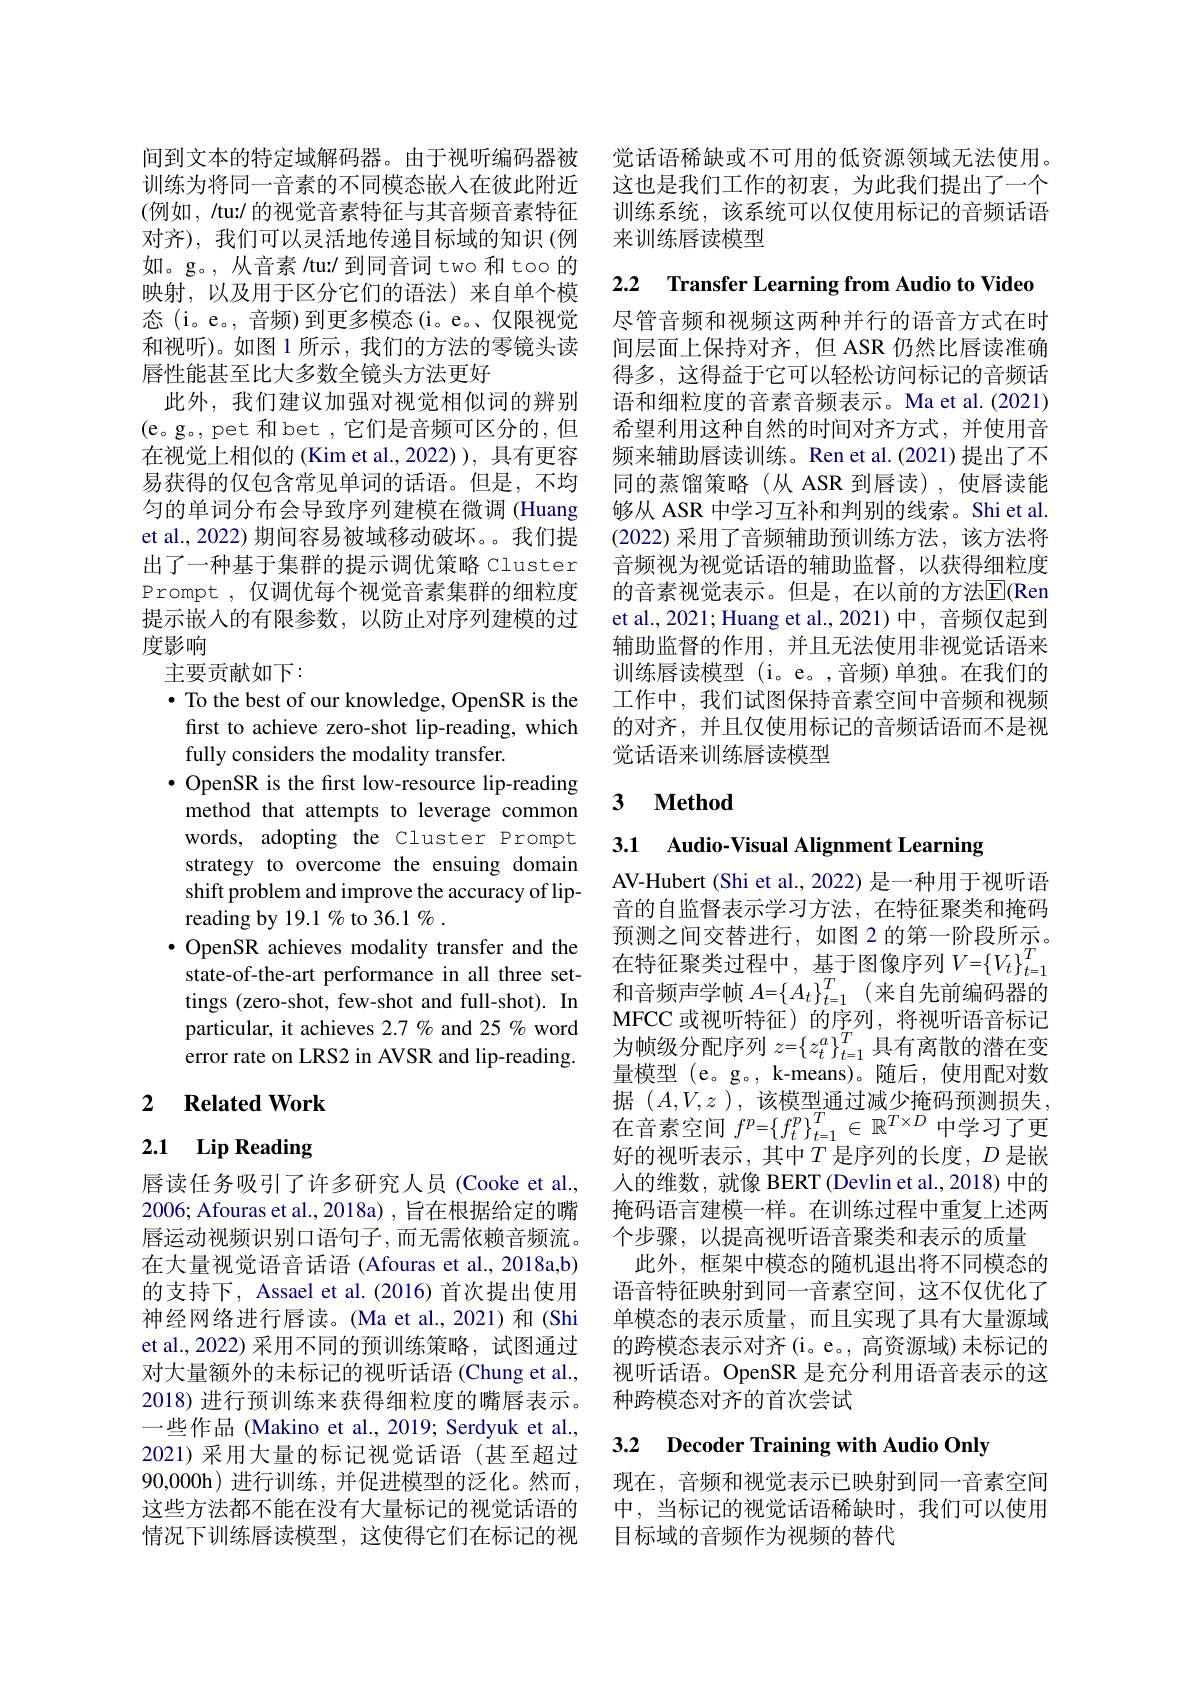
间到文本的特定域解码器。由于视听编码器被训练为将同一音素的不同模态嵌入在彼此附近(例如，/tu:/ 的视觉音素特征与其音频音素特征对齐), 我们可以灵活地传递目标域的知识 (例如。g。, 从音素 /tu:/ 到同音词 two 和 too 的映射，以及用于区分它们的语法)来自单个模态 (i。e。, 音频) 到更多模态 (i。e。仅限视觉和视听)。如图 1 所示，我们的方法的零镜头读唇性能甚至比大多数全镜头方法更好
此外，我们建议加强对视觉相似词的辨别(e。g。, pet 和 bet,它们是音频可区分的，但在视觉上相似的(Kim et al.,2022)),具有更容易获得的仅包含常见单词的话语。但是，不均匀的单词分布会导致序列建模在微调 (Huang et al., 2022) 期间容易被域移动破坏。。我们提出了一种基于集群的提示调优策略 Cluster Prompt , 仅调优每个视觉音素集群的细粒度提示嵌入的有限参数，以防止对序列建模的过度影响
主要贡献如下：
· To the best of our knowledge, OpenSR is the first to achieve zero-shot lip-reading, which fully considers the modality transfer.
$\bullet$ OpenSR is the first low-resource lip-reading method that attempts to leverage common words, adopting the Cluster Prompt strategy to overcome the ensuing domain shift problem and improve the accuracy of lipreading by 19.1 % to 36.1 % .
$\bullet$ OpenSR achieves modality transfer and the state-of-the-art performance in all three settings (zero-shot, few-shot and full-shot). In particular, it achieves 2.7 % and 25 % word error rate on LRS2 in AVSR and lip-reading.
2 $\textbf{Related Work}$

# 2.1 Lip Reading

唇读任务吸引了许多研究人员 (Cooke et al., 2006; Afouras et al., 2018a) , 旨在根据给定的嘴唇运动视频识别口语句子，而无需依赖音频流。在大量视觉语音话语 (Afouras et al., 2018a,b) 的支持下，Assael et al. (2016) 首次提出使用神经网络进行唇读。(Ma et al.,2021)和(Shi et al.,2022) 采用不同的预训练策略，试图通过对大量额外的未标记的视听话语 (Chung et al., 2018) 进行预训练来获得细粒度的嘴唇表示。一些作品 (Makino et al., 2019; Serdyuk et al., 2021)采用大量的标记视觉话语(甚至超过90,000h)进行训练，并促进模型的泛化。然而， 这些方法都不能在没有大量标记的视觉话语的情况下训练唇读模型，这使得它们在标记的视

觉话语稀缺或不可用的低资源领域无法使用。这也是我们工作的初衷，为此我们提出了一个训练系统，该系统可以仅使用标记的音频话语来训练唇读模型

2.2 Transfer Learning from Audio to Video

尽管音频和视频这两种并行的语音方式在时间层面上保持对齐，但 ASR 仍然比唇读准确得多，这得益于它可以轻松访问标记的音频话语和细粒度的音素音频表示。Ma et al.(2021) 希望利用这种自然的时间对齐方式，并使用音频来辅助唇读训练。Ren et al.(2021) 提出了不同的蒸馏策略(从 ASR 到唇读),使唇读能够从 ASR 中学习互补和判别的线索。Shi et al. (2022) 采用了音频辅助预训练方法，该方法将音频视为视觉话语的辅助监督，以获得细粒度的音素视觉表示。但是，在以前的方法$\overline{\mathrm{E}}($Ren et al., 2021; Huang et al., 2021) 中，音频仅起到辅助监督的作用，并且无法使用非视觉话语来训练唇读模型 (i。e。,音频)单独。在我们的工作中，我们试图保持音素空间中音频和视频的对齐，并且仅使用标记的音频话语而不是视觉话语来训练唇读模型

## 3 $\textbf{Method}$

3.1 Audio-Visual Alignment Learning

AV-Hubert (Shi et al., 2022) 是一种用于视听语音的自监督表示学习方法，在特征聚类和掩码预测之间交替进行，如图 2 的第一阶段所示。在特征聚类过程中，基于图像序列$V=\left\{V_t\right\}_{t=1}^T$ 和音频声学帧 $A= \{ A_t\} _{t= 1}^T$ (来自先前编码器的MFCC 或视听特征)的序列，将视听语音标记为帧级分配序列$z=\left\{z_t^a\right\}_{t=1}^T$具有离散的潜在变量模型 (e。g。, k-means)。随后，使用配对数$\begin{array}{l}\text{据 }(A,V,z)\:,&\text{该模型通过减少掩码预测损失，}\\\text{在音素空间 }f^p=\left\{f_t^p\right\}_{t=1}^T\in\mathbb{R}^{T\times D}\text{中学习了更}\end{array}$ 好的视听表示，其中$T$ 是序列的长度，$D$ 是嵌人的维数，就像 BERT (Devlin et al.,2018) 中的掩码语言建模一样。在训练过程中重复上述两个步骤，以提高视听语音聚类和表示的质量
此外，框架中模态的随机退出将不同模态的语音特征映射到同一音素空间，这不仅优化了单模态的表示质量，而且实现了具有大量源域的跨模态表示对齐(i。e。, 高资源域) 未标记的视听话语。OpenSR 是充分利用语音表示的这种跨模态对齐的首次尝试

# 3.2 Decoder Training with Audio Only

现在，音频和视觉表示已映射到同一音素空间中，当标记的视觉话语稀缺时，我们可以使用目标域的音频作为视频的替代